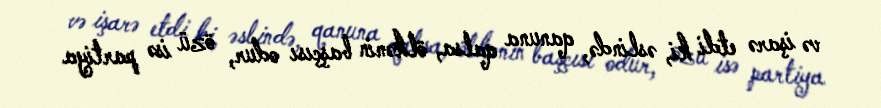
və işarə etdi ki, əslində, qanuna qalsa, ölkənin başçısı odur, özü isə partiya